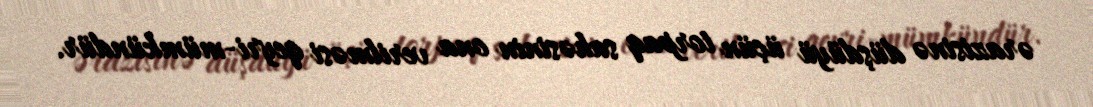
ərazisinə düşdüyü üçün torpaq sahəsinin ona verilməsi qeyri-mümkündür.